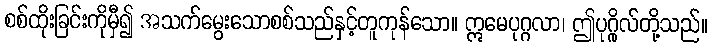
စစ်ထိုးခြင်းကိုမှီ၍ အသက်မွေးသောစစ်သည်နှင့်တူကုန်သော။ ဣမေပုဂ္ဂလာ၊ ဤပုဂ္ဂိုလ်တို့သည်။